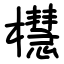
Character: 櫘